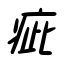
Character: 疵